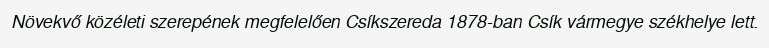
Növekvő közéleti szerepének megfelelően Csíkszereda 1878-ban Csík vármegye székhelye lett.